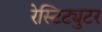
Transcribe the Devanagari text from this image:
रेस्टिट्युटर